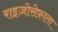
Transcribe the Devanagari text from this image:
राइज़ोसेफ़ाला